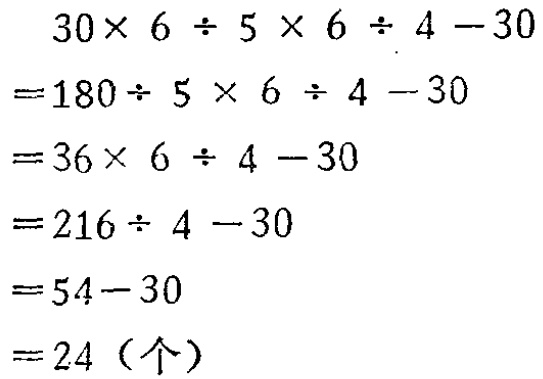
\[
\begin{align*}
&30\times 6\div 5\times 6\div 4 - 30\\
=&180\div 5\times 6\div 4 - 30\\
=&36\times 6\div 4 - 30\\
=&216\div 4 - 30\\
=&54 - 30\\
=&24（个）
\end{align*}
\]